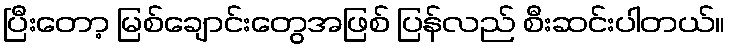
ပြီးတော့ မြစ်ချောင်းတွေအဖြစ် ပြန်လည် စီးဆင်းပါတယ်။